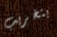
بتخريب